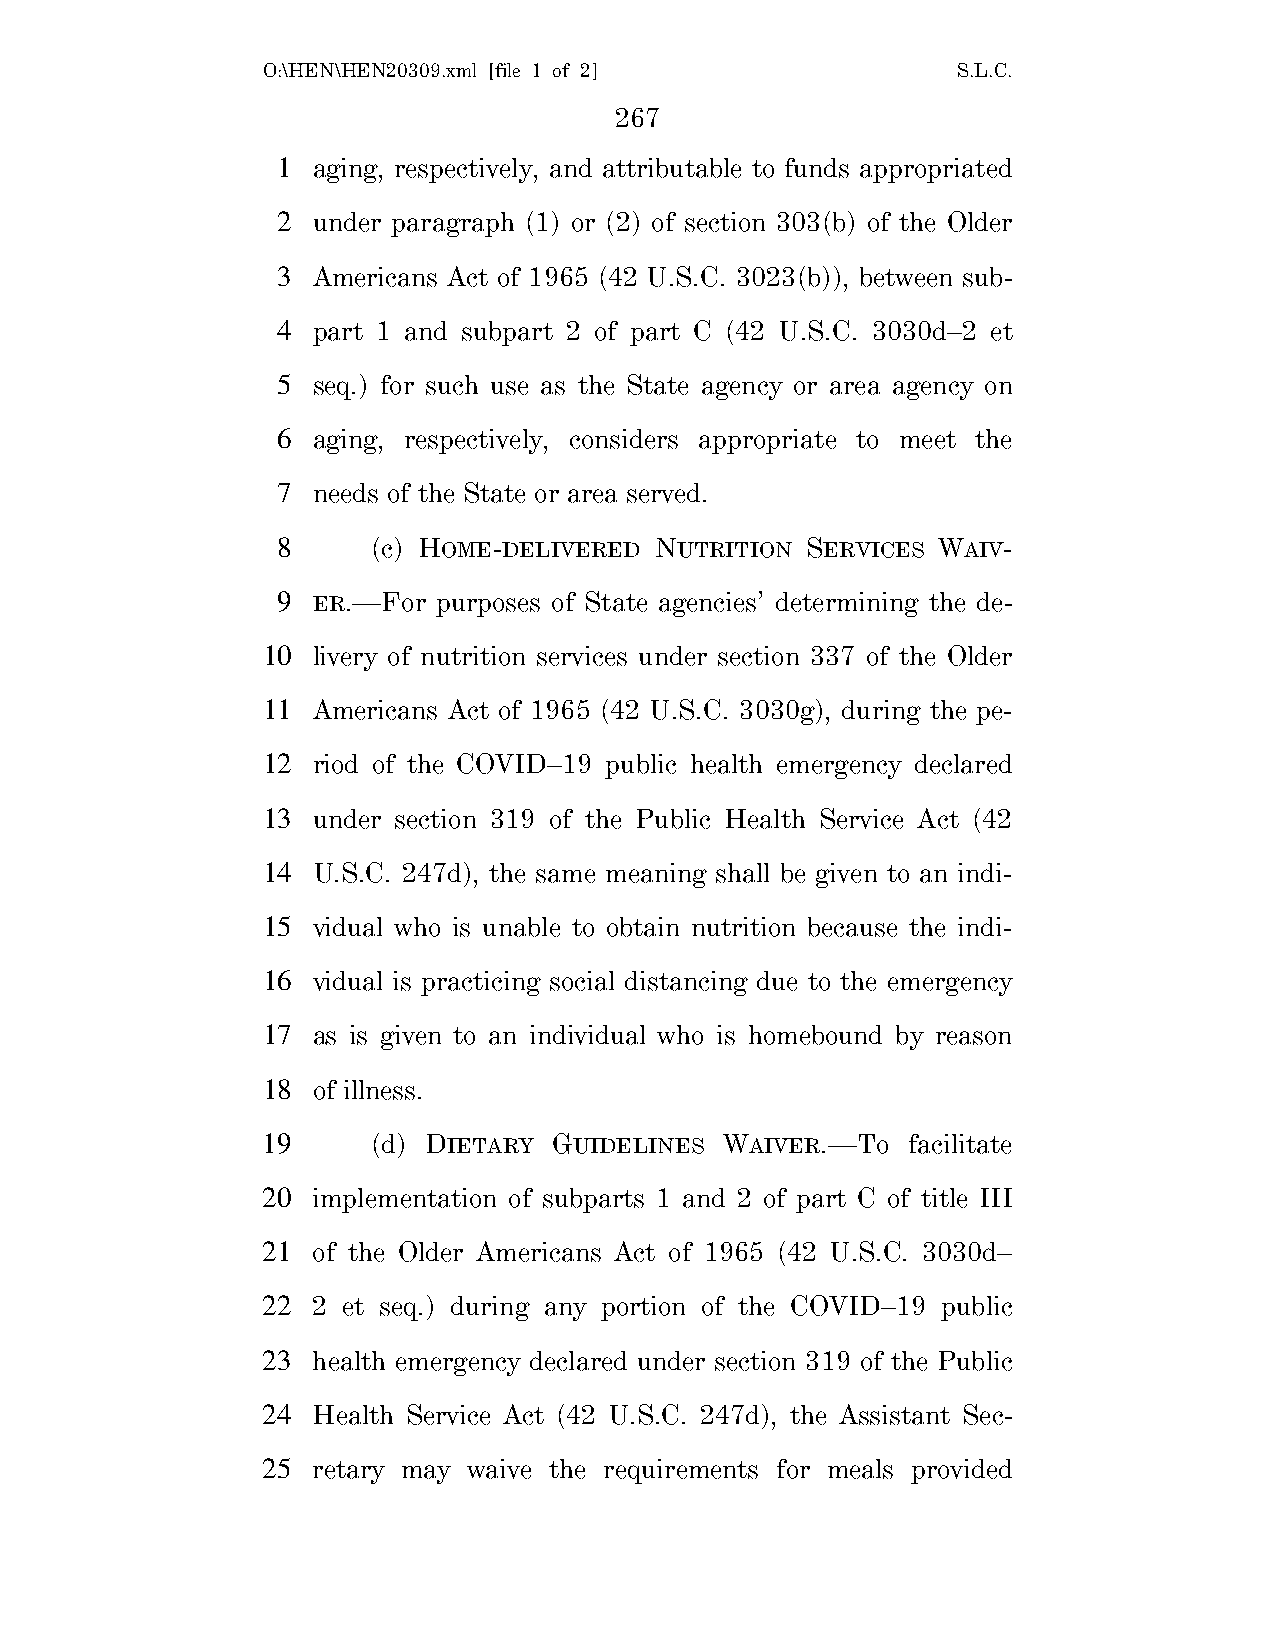
O:\HEN\HEN20309.xml [file 1 of 2]             S.L.C.
 267
 1  aging, respectively, and attributable to funds appropriated
 2  under paragraph (1) or (2) of section 303(b) of the Older
 3  Americans Act of 1965 (42 U.S.C. 3023(b)), between sub-
 4  part 1 and subpart 2 of part C (42 U.S.C. 3030d–2 et
 5  seq.) for such use as the State agency or area agency on
 6  aging, respectively, considers appropriate to meet the
 7  needs of the State or area served.
 8      (c) HOME-DELIVERED NUTRITION SERVICES WAIV-
 9  ER.—For purposes of State agencies’ determining the de-
 10  livery of nutrition services under section 337 of the Older
 11  Americans Act of 1965 (42 U.S.C. 3030g), during the pe-
 12  riod of the COVID–19 public health emergency declared
 13  under section 319 of the Public Health Service Act (42
 14  U.S.C. 247d), the same meaning shall be given to an indi-
 15  vidual who is unable to obtain nutrition because the indi-
 16  vidual is practicing social distancing due to the emergency
 17  as is given to an individual who is homebound by reason
 18  of illness.
 19      (d) DIETARY GUIDELINES WAIVER.—To  facilitate
 20  implementation of subparts 1 and 2 of part C of title III
 21  of the Older Americans Act of 1965 (42 U.S.C. 3030d–
 22  2 et seq.) during any portion of the COVID–19 public
 23  health emergency declared under section 319 of the Public
 24  Health Service Act (42 U.S.C. 247d), the Assistant Sec-
 25  retary may waive the requirements for meals provided